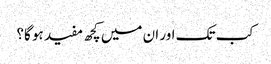
کب تک اور ان میں کچھ مفید ہو گا؟